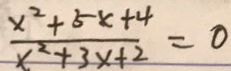
\frac { x ^ { 2 } + 5 x + 4 } { x ^ { 2 } + 3 x + 2 } = 0